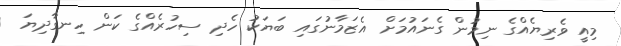
މިއީ ވެރިޔެއްގެ ނިމުން ގެނައުމަށް އެޒަމާނުގައި ބަޔަކު ހެދި ސިހުރެއްގެ ކަން ހިނގާދިޔަ